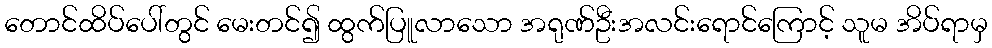
တောင်ထိပ်ပေါ်တွင် မေးတင်၍ ထွက်ပြူလာသော အရုဏ်ဦးအလင်းရောင်ကြောင့် သူမ အိပ်ရာမှ